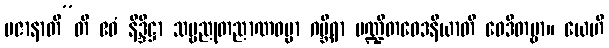
ပဇာနာတီ”တိ ဧဝံ နိဒ္ဒိဋ္ဌာ သဗ္ဗညုတညာဏဓမ္မာ ဂမ္ဘီရာ ပဏ္ဍိတဝေဒနီယာတိ ဝေဒိတဗ္ဗာ။ ယေဟိ